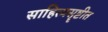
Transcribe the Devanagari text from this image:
साहित्यसॄष्टीत